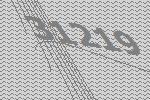
31219